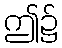
ဤ၌